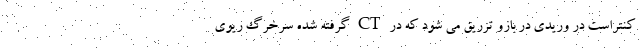
کنتراست در وریدی در بازو تزریق می شود که در CT گرفته شده سرخرگ ریوی